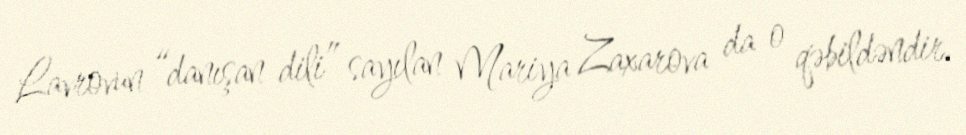
Lavrovun “danışan dili” sayılan Mariya Zaxarova da o qəbildəndir.